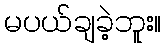
မပယ်ချခဲ့ဘူး။